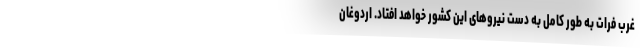
غرب فرات به طور کامل به دست نیروهای این کشور خواهد افتاد. اردوغان